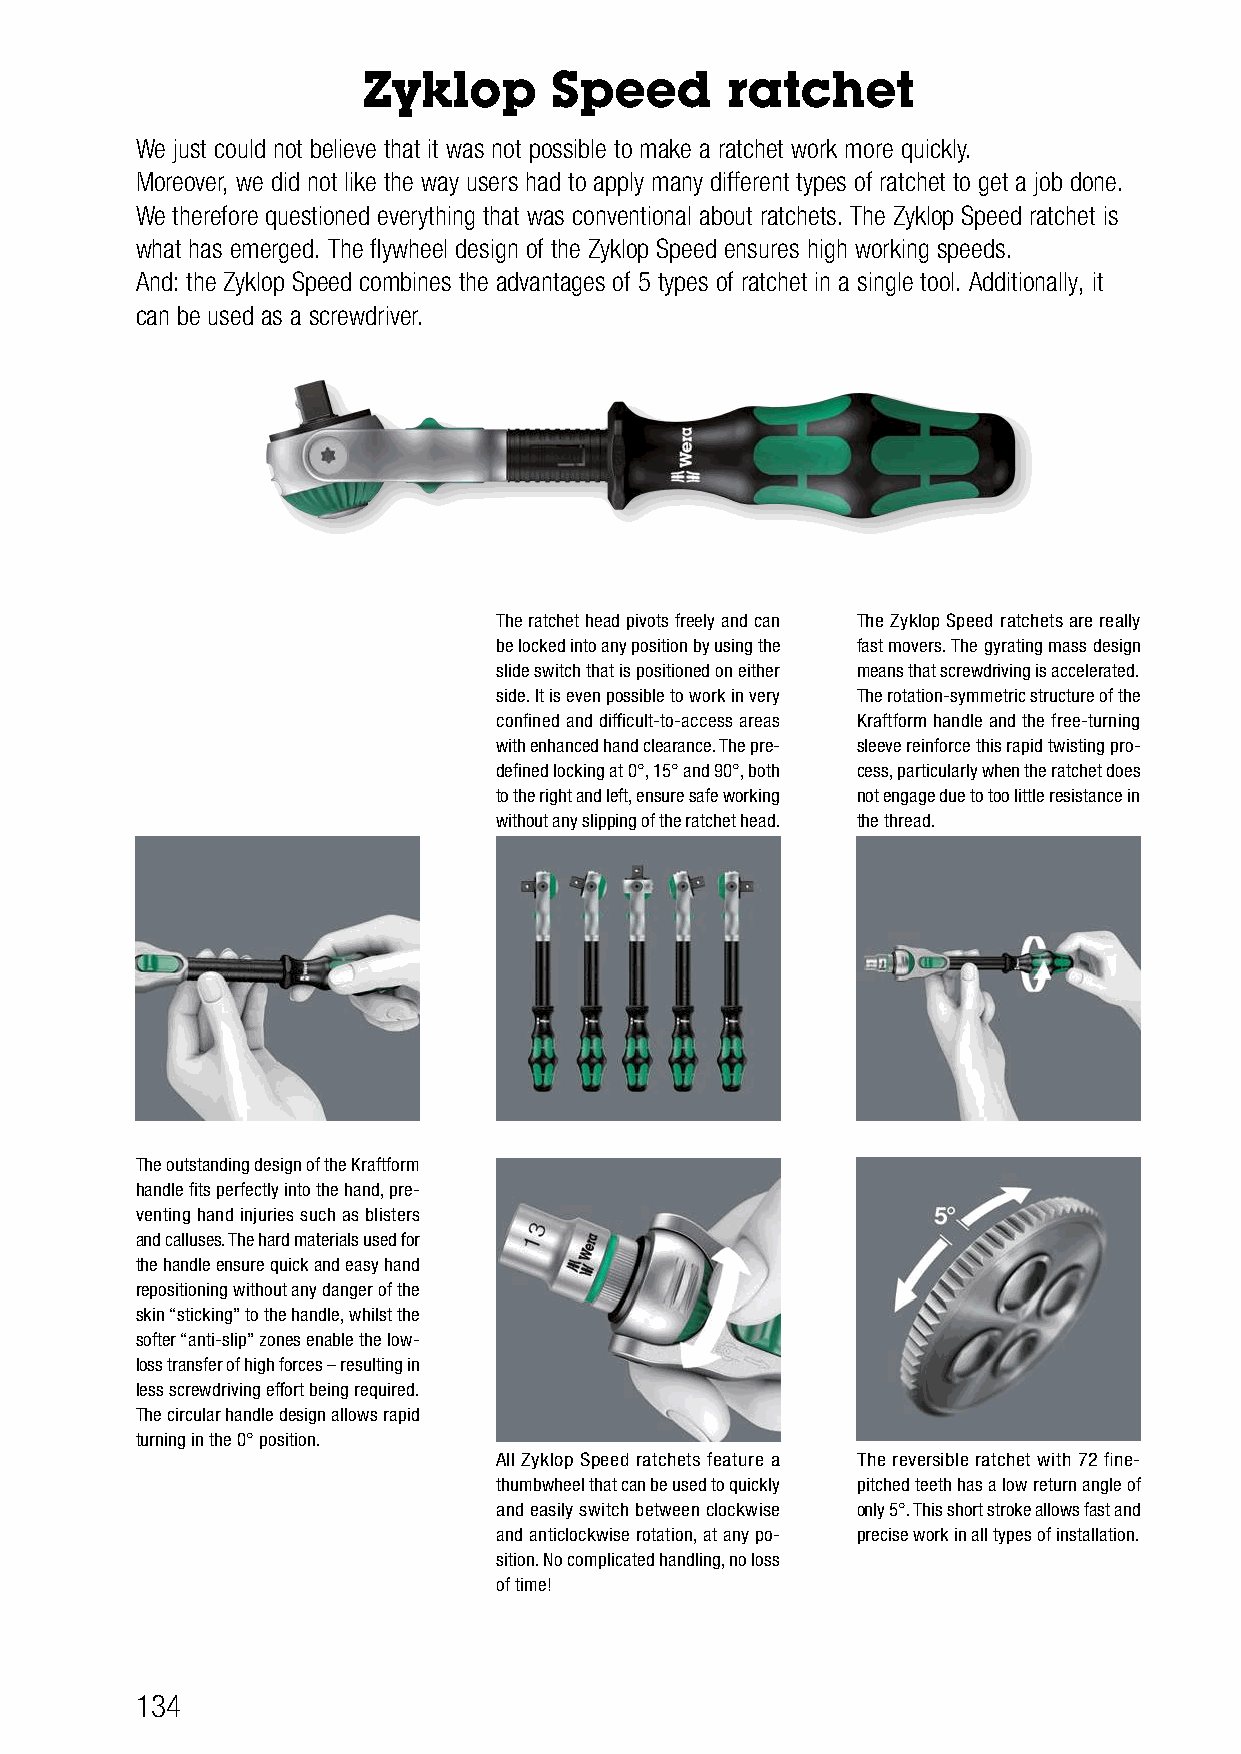
Zyklop      Speed       ratchet
 We just could not believe that it was not possible to make a ratchet work more quickly.
 Moreover, we did not like the way users had to apply many different types of ratchet to get a job done.
 We therefore questioned everything that was conventional about ratchets. The Zyklop Speed ratchet is
 what has emerged. The flywheel design of the Zyklop Speed ensures high working speeds.
 And: the Zyklop Speed combines the advantages of 5 types of ratchet in a single tool. Additionally, it
 can be used as a screwdriver.
 The ratchet head pivots freely and can The Zyklop Speed ratchets are really
 be locked into any position by using the fast movers. The gyrating mass design
 slide switch that is positioned on either means that screwdriving is accelerated.
 side. It is even possible to work in very The rotation-symmetric structure of the
 confined and difficult-to-access areas Kraftform handle and the free-turning
 with enhanced hand clearance. The pre- sleeve reinforce this rapid twisting pro-
 defined locking at 0°, 15° and 90°, both cess, particularly when the ratchet does
 to the right and left, ensure safe working not engage due to too little resistance in
 without any slipping of the ratchet head. the thread.
 The outstanding design of the Kraftform
 handle fits perfectly into the hand, pre-
 venting hand injuries such as blisters
 and calluses. The hard materials used for
 the handle ensure quick and easy hand
 repositioning without any danger of the
 skin “sticking” to the handle, whilst the
 softer “anti-slip” zones enable the low-
 loss transfer of high forces – resulting in
 less screwdriving effort being required.
 The circular handle design allows rapid
 turning in the 0° position.
 All Zyklop Speed ratchets feature a The reversible ratchet with 72 fine-
 thumbwheel that can be used to quickly pitched teeth has a low return angle of
 and easily switch between clockwise only 5°. This short stroke allows fast and
 and anticlockwise rotation, at any po- precise work in all types of installation.
 sition. No complicated handling, no loss
 of time!
 134